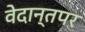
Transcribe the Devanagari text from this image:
वेदान्तपर